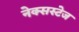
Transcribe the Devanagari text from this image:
नेक्सस्टेज